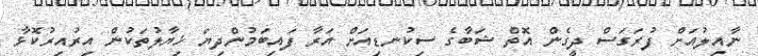
ނާއިލުއަށް ފުރަގަސް ދީގެން އޮތް ޝަބާގެ ސިކުނޑިއަށް އަރާ ފައިބަމުންދިޔަ ޚިޔާލުތަކުން އިރުއިރުކޮޅާ